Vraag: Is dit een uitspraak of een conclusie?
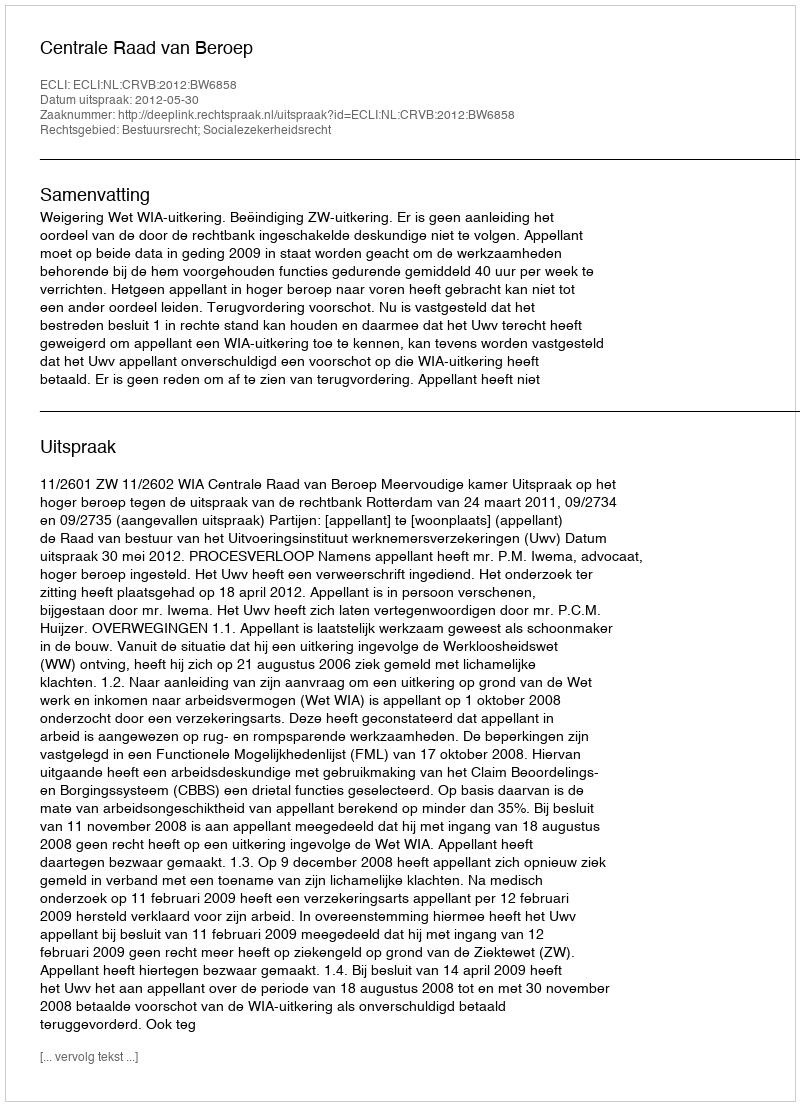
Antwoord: Uitspraak